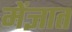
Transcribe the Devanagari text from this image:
मेंज्ञात